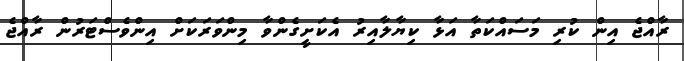
ރާއްޖެ އިން ކުރި މަސައްކަތާ އަޅާ ކިޔާލާއިރު އެކަށީގެންވާ މިންވަރަކަށް އިންވެސްޓަރުން ރާއްޖެ